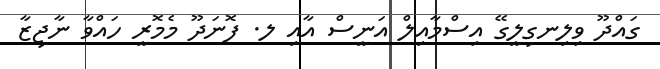
ގައްދޫ ވިލިނގިލީގޭ އިސްމާއިލް އަނީސް އާއި ލ. ފޮނަދޫ މެމޮރީ ހައްވާ ނާޖިޒާ